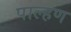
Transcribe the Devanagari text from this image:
पाल्हण